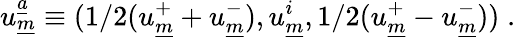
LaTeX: u_{\underline{{{m}}}}^{\underline{{{a}}}}\equiv(1/2(u_{\underline{{{m}}}}^{+}+u_{\underline{{{m}}}}^{-}),u_{\underline{{{m}}}}^{i},1/2(u_{\underline{{{m}}}}^{+}-u_{\underline{{{m}}}}^{-}))\; .